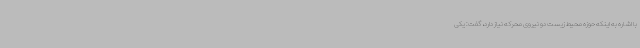
با اشاره به اینکه حوزه محیط زیست دو نیروی محرکه نیاز دارد، گفت: یکی